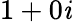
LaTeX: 1+0\mathit{i}